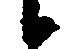
候